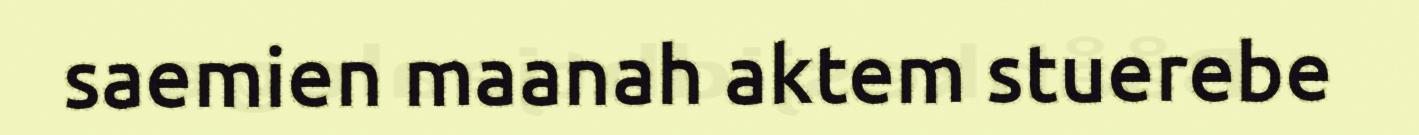
saemien maanah aktem stuerebe